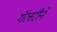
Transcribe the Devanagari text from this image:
गॅलरीने